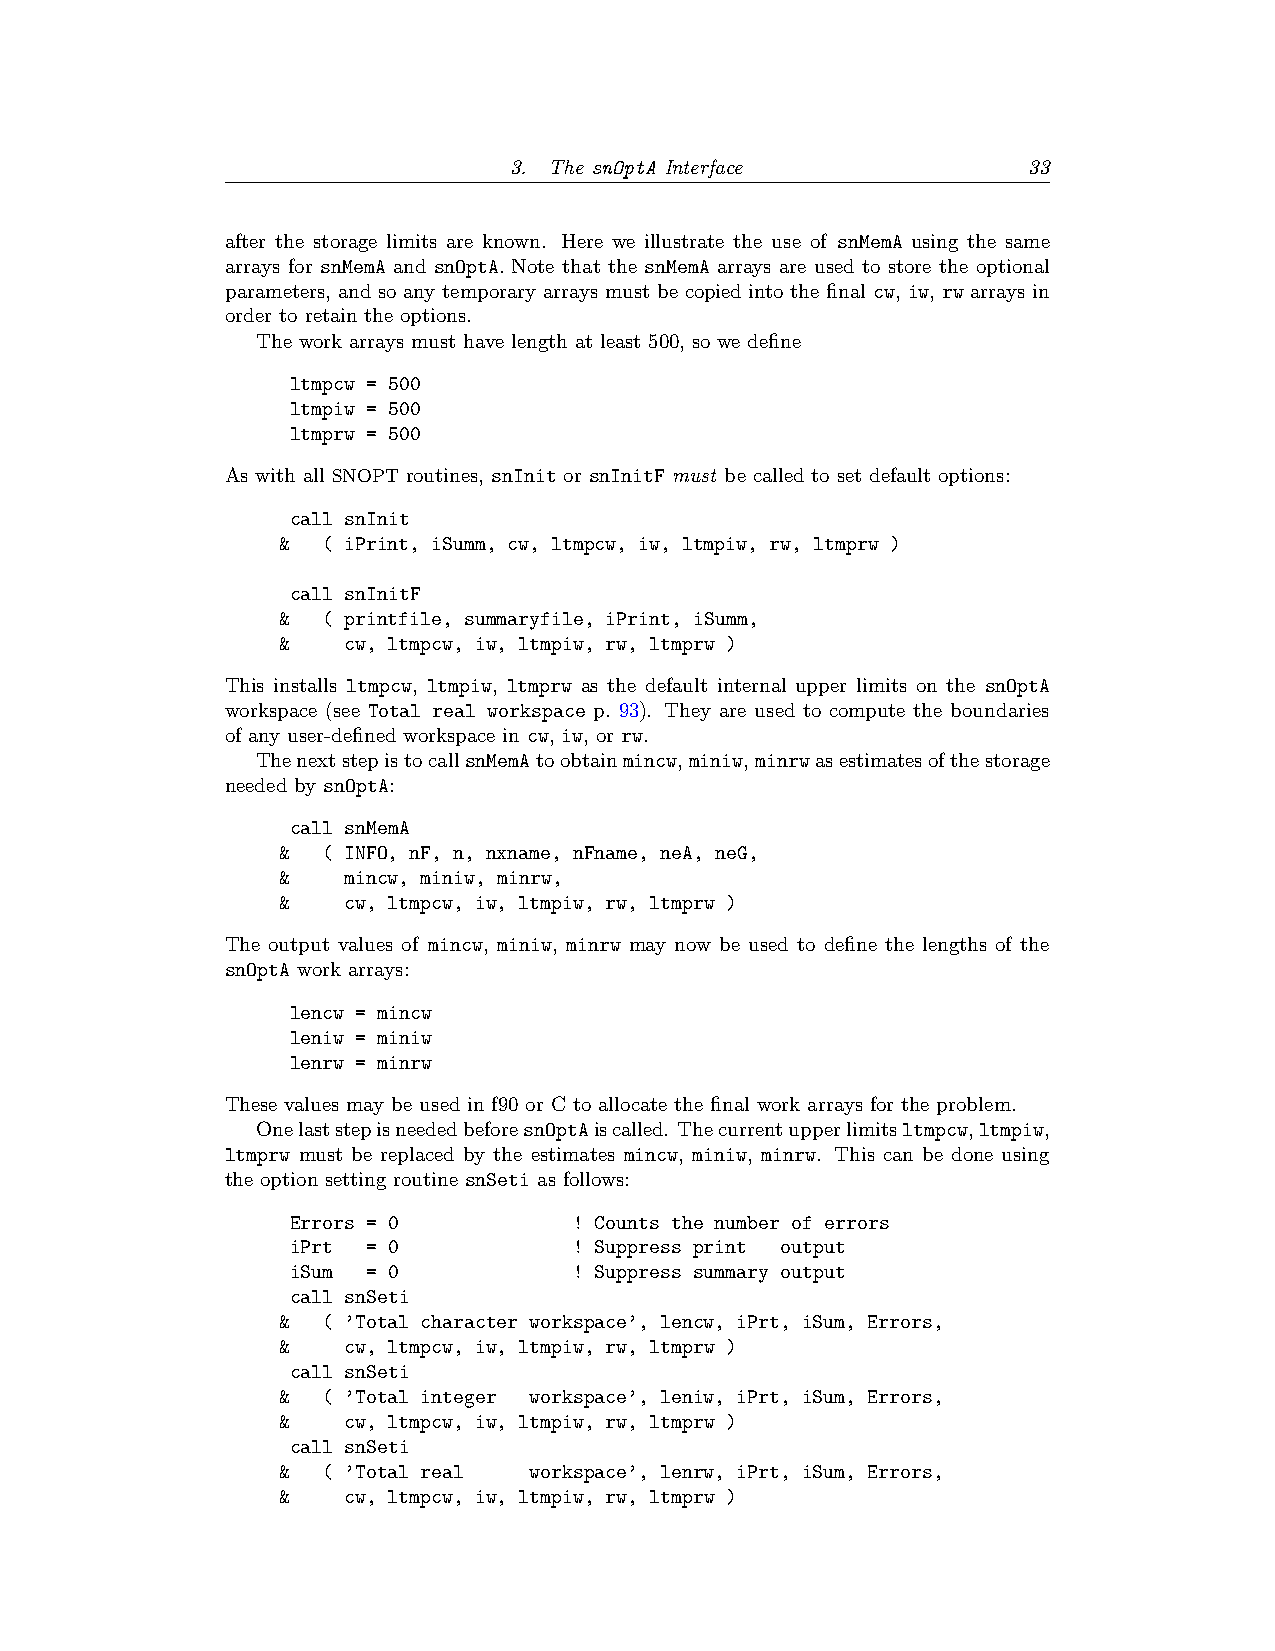
3. The snOptA Interface           33
 after the storage limits are known. Here we illustrate the use of snMemA using the same
 arrays for snMemA and snOptA. Note that the snMemA arrays are used to store the optional
 parameters, and so any temporary arrays must be copied into the final cw, iw, rw arrays in
 order to retain the options.
 The work arrays must have length at least 500, so we define
 ltmpcw = 500
 ltmpiw = 500
 ltmprw = 500
 As with all SNOPT routines, snInit or snInitF must be called to set default options:
 call snInit
 & ( iPrint, iSumm, cw, ltmpcw, iw, ltmpiw, rw, ltmprw )
 call snInitF
 & ( printfile, summaryfile, iPrint, iSumm,
 &   cw, ltmpcw, iw, ltmpiw, rw, ltmprw )
 This installs ltmpcw, ltmpiw, ltmprw as the default internal upper limits on the snOptA
 workspace (see Total real workspace p. 93). They are used to compute the boundaries
 of any user-defined workspace in cw, iw, or rw.
 ThenextstepistocallsnMemAtoobtainmincw,miniw,minrwasestimatesofthestorage
 needed by snOptA:
 call snMemA
 & ( INFO, nF, n, nxname, nFname, neA, neG,
 &   mincw, miniw, minrw,
 &   cw, ltmpcw, iw, ltmpiw, rw, ltmprw )
 The output values of mincw, miniw, minrw may now be used to define the lengths of the
 snOptA work arrays:
 lencw = mincw
 leniw = miniw
 lenrw = minrw
 These values may be used in f90 or C to allocate the final work arrays for the problem.
 OnelaststepisneededbeforesnOptAiscalled. Thecurrentupperlimitsltmpcw,ltmpiw,
 ltmprw must be replaced by the estimates mincw, miniw, minrw. This can be done using
 the option setting routine snSeti as follows:
 Errors = 0         ! Counts the number of errors
 iPrt = 0           ! Suppress print output
 iSum = 0           ! Suppress summary output
 call snSeti
 & ( ’Total character workspace’, lencw, iPrt, iSum, Errors,
 &   cw, ltmpcw, iw, ltmpiw, rw, ltmprw )
 call snSeti
 & ( ’Total integer workspace’, leniw, iPrt, iSum, Errors,
 &   cw, ltmpcw, iw, ltmpiw, rw, ltmprw )
 call snSeti
 & ( ’Total real workspace’, lenrw, iPrt, iSum, Errors,
 &   cw, ltmpcw, iw, ltmpiw, rw, ltmprw )